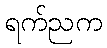
ရက်ညက